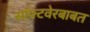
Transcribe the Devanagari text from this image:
सॉफ्टवेरबाबत